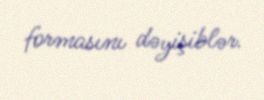
formasını dəyişiblər.